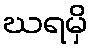
ဃရမှိ